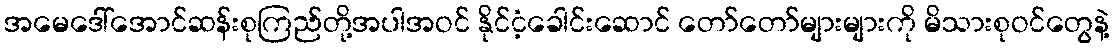
အမေဒေါ်အောင်ဆန်းစုကြည်တို့အပါအဝင် နိုင်ငံ့ခေါင်းဆောင် တော်တော်များများကို မိသားစုဝင်တွေနဲ့